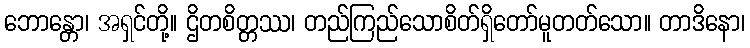
ဘောန္တော၊ အရှင်တို့။ ဌိတစိတ္တဿ၊ တည်ကြည်သောစိတ်ရှိတော်မူတတ်သော။ တာဒိနော၊